Indian journal of veterinary science and animal husbandry - Volume 12,
Year: 1942
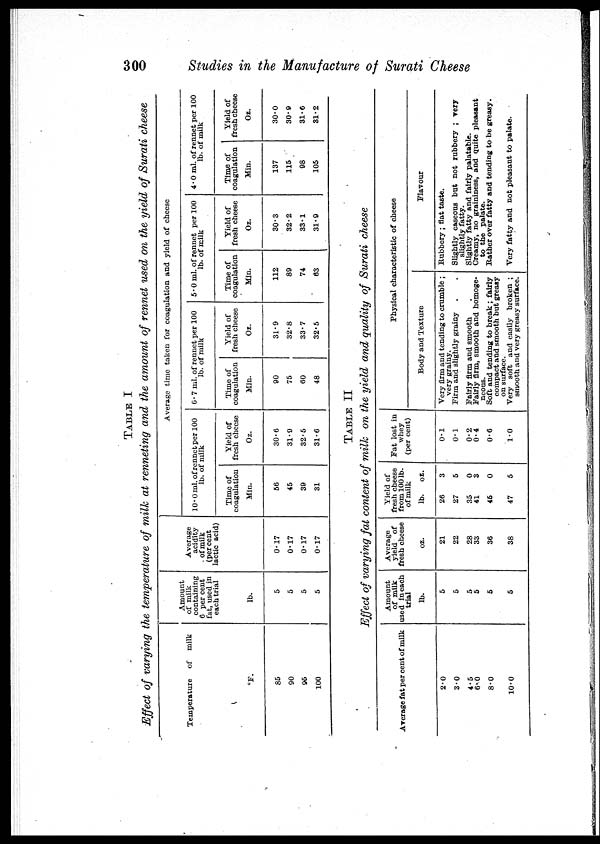
300
Studies in the Manufacture of Surati Cheese
TABLE I
Effect of varying the temperature of milk at renneting and the amount of rennet used on the yield of Surati cheese
Temperature of milk
°F.
85
90
95
100
Amount
of milk
containing
6 per cent
fat, used in
each trial
lb.
5
5
5
5
Average
acidity
of milk
(per cent
lactic acid)
0.17
0.17
0.17
0.17
Average time taken for coagulation and yield of cheese
10.0 ml. of rennet per 100
lb. of milk
Time of
coagulation
Min.
56
45
39
31
Yield of
fresh cheese
Oz.
30.6
31.9
32.5
31.6
6.7 ml. of rennet per 100
lb. of milk
Time of
coagulation
Min.
90
75
60
48
Yield of
fresh cheese
Oz.
31.9
32.8
33.7
32.5
5.0 ml. of rennet per 100
lb. of milk
Time of
coagulation
Min.
112
89
74
63
Yield of
fresh cheese
Oz.
30.3
32.2
33.1
31.9
4.0 ml. of rennet per 100
lb. of milk
Time of
coagulation
Min.
137
115
98
105
Yield of
fresh cheese
Oz.
30.0
30.9
31.6
31.2
TABLE II
Effect of varying fat content of milk on the yield and quality of Surati cheese
Average fat per cent of milk
2.0
3.0
4.5
6.0
8.0
10.0
Amount
of milk
used in each
trial
lb.
5
5
5
5
5
5
Average
yield of
fresh cheese
oz.
21
22
28
33
36
38
Yield of
fresh cheese
from 100 lb.
of mil
lb.
26
27
35
41
45
47
oz.
3
5
0
3
0
5
Fat lost in
whey
(per cent)
0.1
0.1
0.2
0.4
0.6
1.0
Physical characteristic of cheese
Body and Texture
Very firm and tending to crumble ;
very grainy.
Firm and slightly grainy . .
Fairly firm and smooth .
Fairly firm, smooth and homoge-
neous.
Soft and tending to break ; fairly
compact and smooth but greasy
on surface.
Very soft and easily broken ;
smooth and very greasy surface.
Flavour
Rubbery ; flat taste.
Slightly caseous but not rubbery ; very
slightly fatty.
Slightly fatty and fairly palatable.
Creamy, no graininess, and quite pleasant
to the palate.
Rather over fatty and tending to be greasy.
Very fatty and not pleasant to palate.